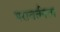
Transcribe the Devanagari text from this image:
परावर्तनता